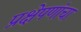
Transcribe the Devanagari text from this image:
प्रक्षेपणांचा